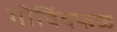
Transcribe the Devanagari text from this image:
गोविंदफळ